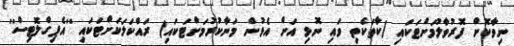
ނިވާކޮށް ފޮރުވާލުމަށްޓަކައި (ކާތަކެތި ވައި ނޮޅި އަށް އެޅުން މަނާކުރުމަށްޓަކައި) ރައްކަލަކަށްޓަކައި ''އެޕިގްލޮޓިސް''